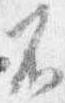
不